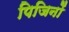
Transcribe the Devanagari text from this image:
पिजिनों